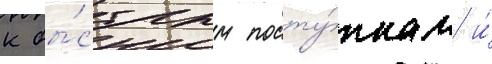
к бы́стрым посту́пкам и́